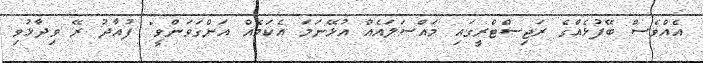
އެއްވެސް ބޭފުޅެއްގެ ރަޖިސްޓްރީގައި މައްސަލައެއް އުޅޭނަމަ އެކަމެއް އަންގަވަންވީ" ފުއާދު ރޭ ވިދާޅުވި